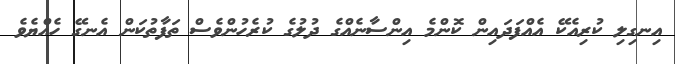
އިނގިލި ކުރިއެކޭ އެއްފަދައިން ކޮންމެ އިންސާނެއްގެ ދުލުގެ ކުރެހުންވެސް ތަފާތުކަން އެނގޭ ހެއްޔެވެ